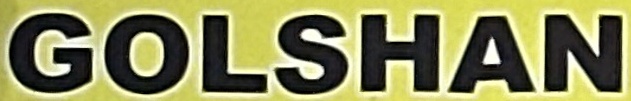
GOLSHAN